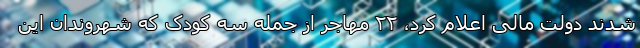
شدند دولت مالی اعلام کرد، ۲۲ مهاجر از جمله سه کودک که شهروندان این